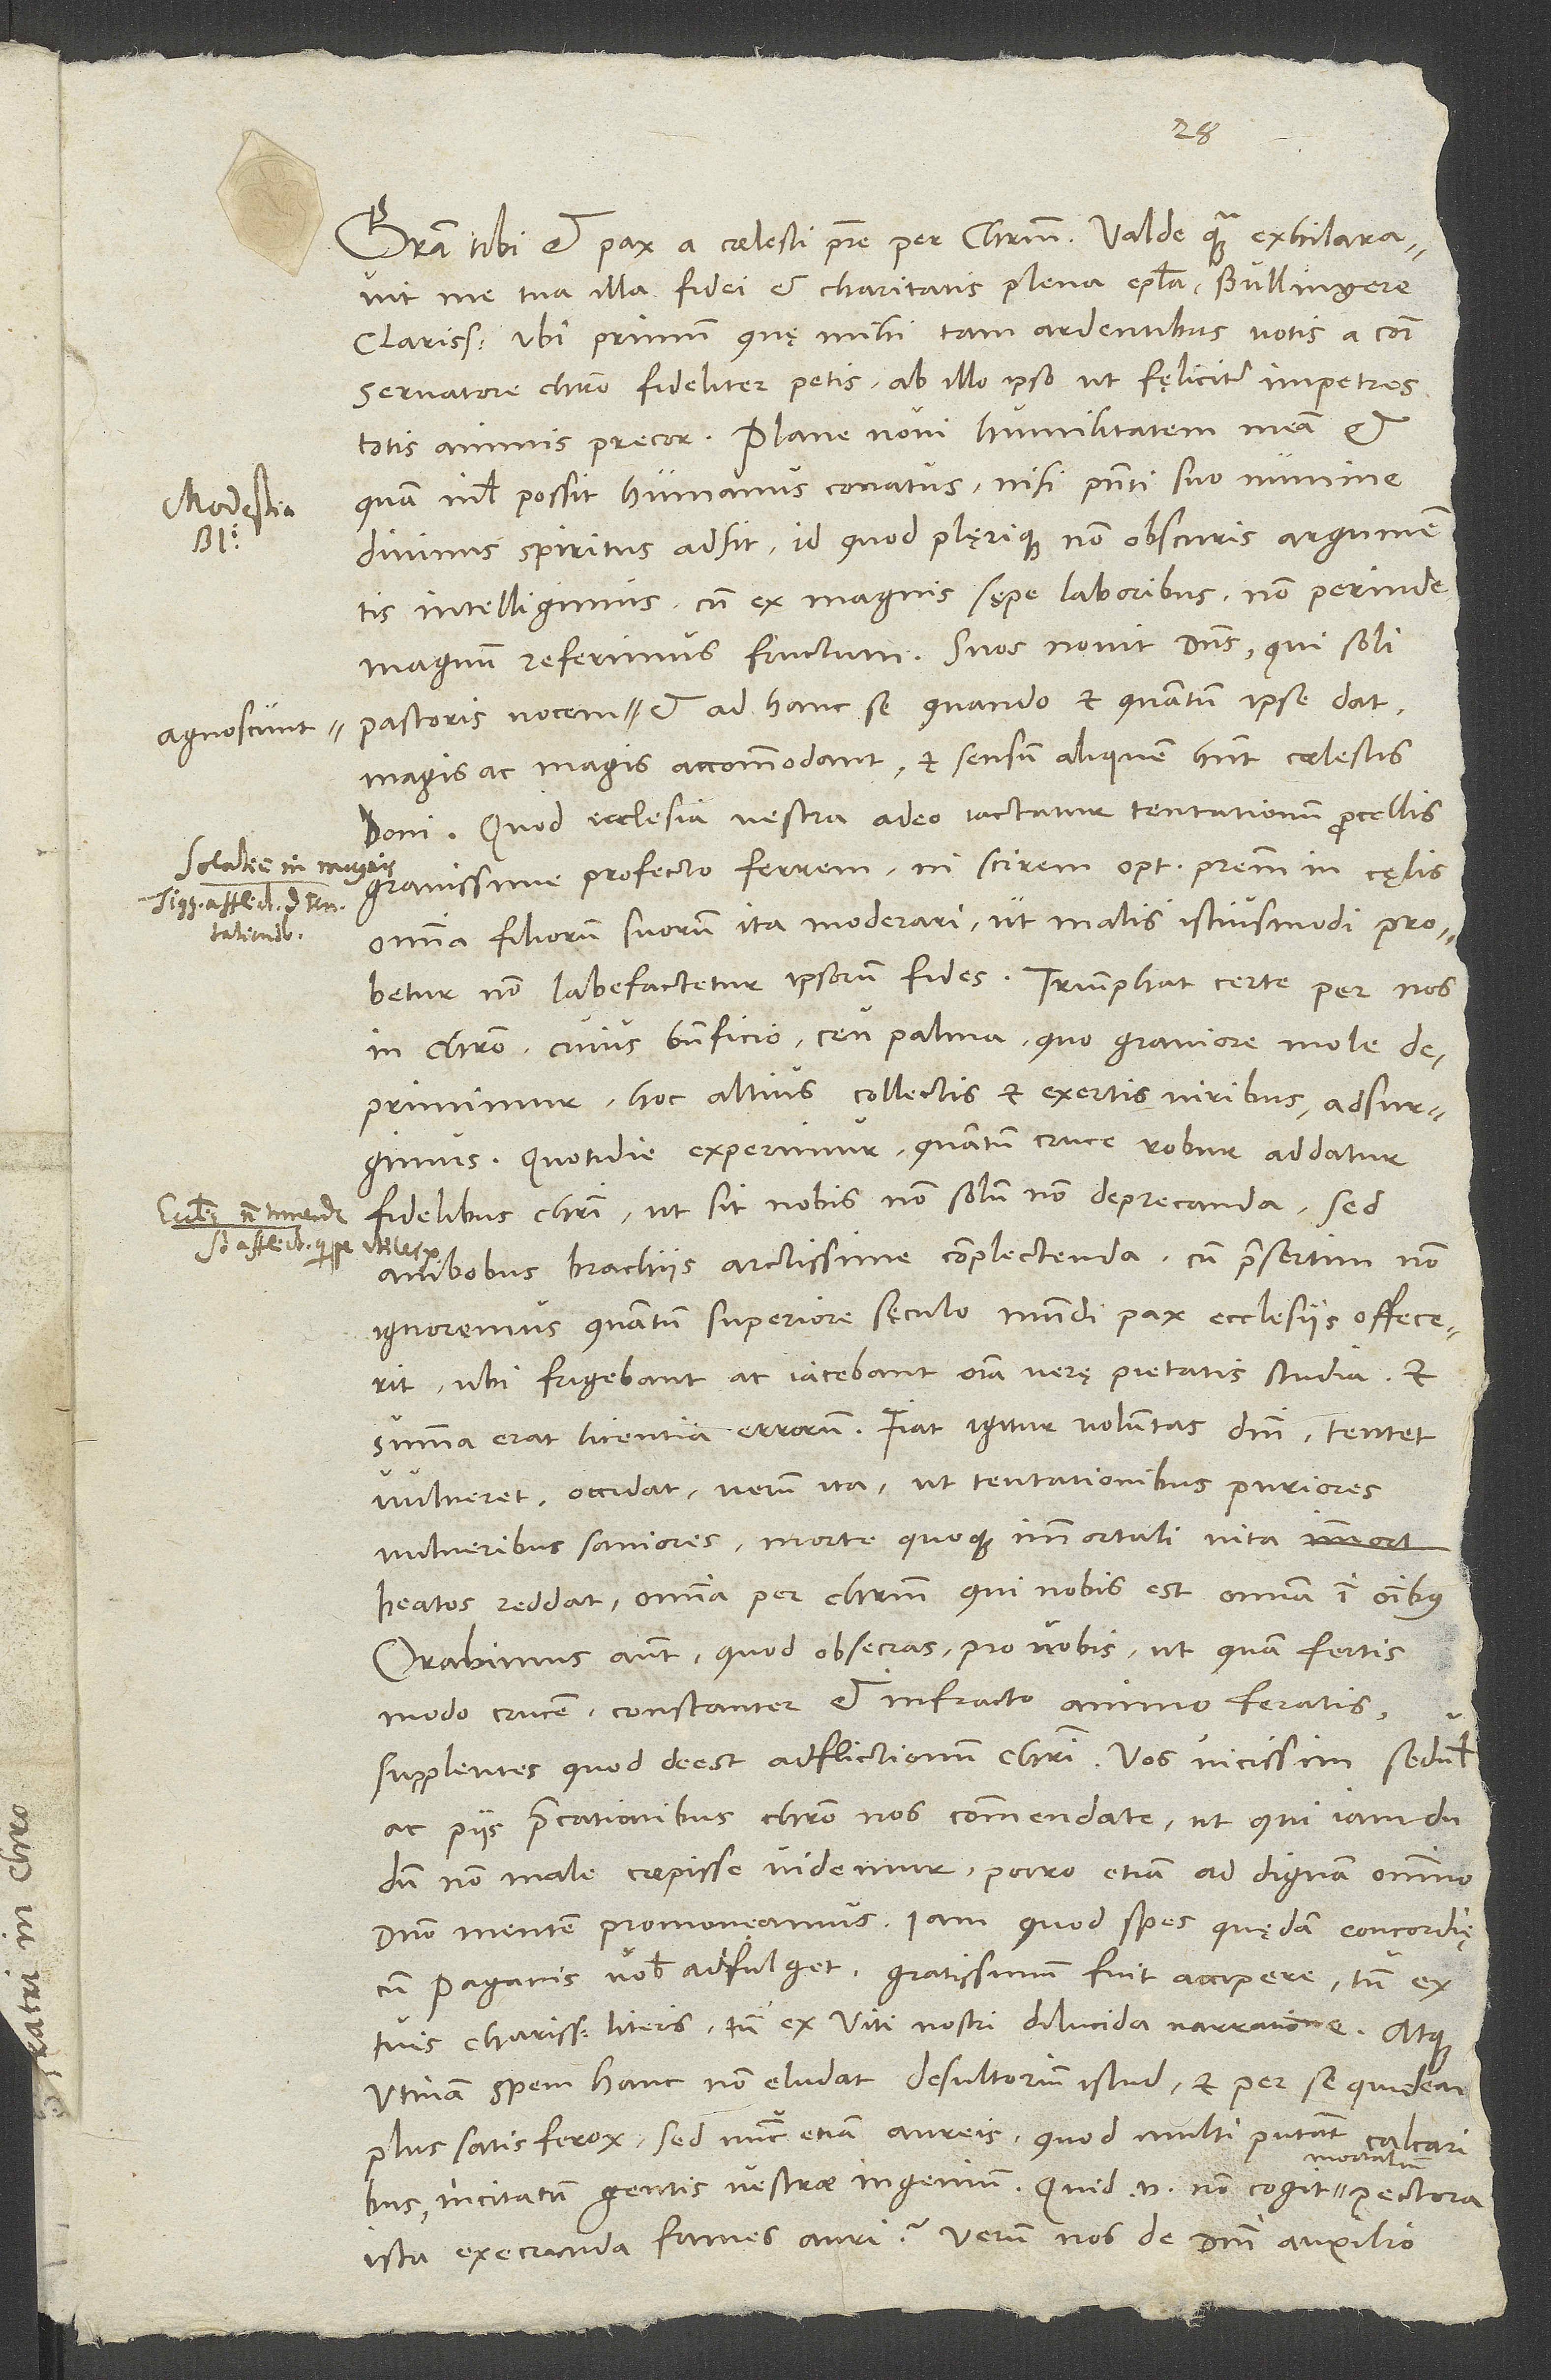
me tua illa fidei et charitatis plena epistola, Bullingere
clarissime, ubi primum quę mihi tam ardentibus votis a communi
servatore Christo fideliter petis, ab illo ipso ut fęliciter impetres,
totis animis precor. Plane novi humilitatem meam et
quam nihil possit humanus conatus, nisi praesenti suo numine
divinus spiritus adsit, id quod plęrique non obscuris argumentis
intelligimus, cum ex magnis sępe laboribus non perinde
magnum referimus fructum. Suos novit dominus, qui soli
pastoris vocem agnoscunt et ad hanc se, quando et quantum ipse dat,
magis ac magis accommodant et sensum aliquem habent coelestis
domini. Quod ecclesia vestra adeo iactatur tentationum procellis,
gravissime profecto ferrem, ni scirem optimum patrem in cęlis
omnia filiorum suorum ita moderari, ut malis istius modi probetur,
non labefactetur ipsorum fides. Triumphat certe per nos
in Christo, cuius beneficio ceu palma, quo graviore mole
deprimimur, hoc altius collectis et exertis viribus adsurgimus.
Quotidie experimur, quantum cruce robur addatur
fidelibus Christi, ut sit nobis non solum non deprecanda, sed
ambobus brachiis arctissime complectenda, cum praesertim non
ignoremus, quantum superiore sęculo mundi pax ecclesiis offecerit,
ubi frigebant ac iacebant omnia verę pietatis studia et
summa erat licentia errorum. Fiat igitur voluntas domini, tentet,
vulneret, occidat verum ita, ut tentationibus puriores,
vulneribus saniores, morte quoque immortali vita
beatos reddat, omnia per Christum, qui nobis est omnia in omnibus.
Orabimus autem, quod obsecras, pro vobis, ut quam fertis
modo crucem, constanter et infracto animo feratis
supplentes, quod deest adflictionum Christi. Vos vicissim sedulis
ac piis precationibus Christo nos commendate, ut qui iam dudum
non male coepisse videmur porro, etiam ad dignam omnino
cum Paganis vobis adfulget, gratissimum fuit accipere tum ex
tuis charissimis literis, tum ex Viti nostri dilucida narratione, atque
utinam spem hanc non eludat desultorium istud et per se quidem
plus satis ferox, sed nunc etiam aureis, quod multi putant, calcaribus
incitatum gentis vestrae ingenium! Quid enim non cogit mortalium pectora
ista execranda fames auri? Verum nos de domini auxilio